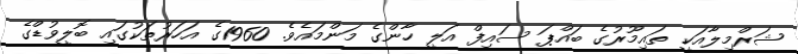
ޝަރްމިލާއަކީ ތައިމޫރުގެ ބައްޕަ ސައިފް އަލީ ހާންގެ މަންމައެވެ. 1960ގެ އަހަރުތަކުގައި ބޮލީވުޑްގެ